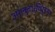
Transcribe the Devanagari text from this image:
आल्वार्थिरुनगर